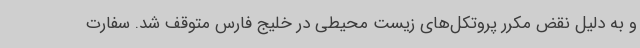
و به دلیل نقض مکرر پروتکل‌های زیست‌ محیطی در خلیج فارس متوقف شد. سفارت